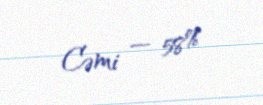
Cəmi — 58%